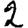
Digit: 2